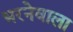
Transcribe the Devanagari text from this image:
भरनेवाला